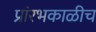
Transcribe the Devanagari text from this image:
प्रांरभकाळीच